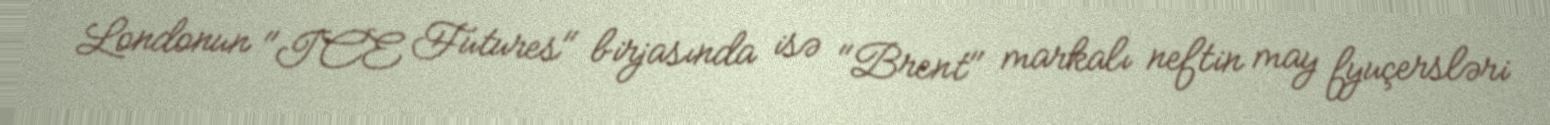
Londonun "ICE Futures" birjasında isə "Brent" markalı neftin may fyuçersləri